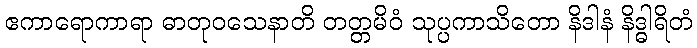
ဧကာရောကာရာ ဓာတုဝသေနာတိ တတ္တမိဝံ သုပ္ပကာသိတော နိဒါနံ နိဒ္ဓါရိတံ